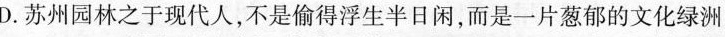
D.苏州园林之于现代人，不是偷得浮生半日闲，而是一片葱郁的文化绿洲。